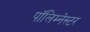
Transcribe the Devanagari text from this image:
पॉलिम्नेस्टर